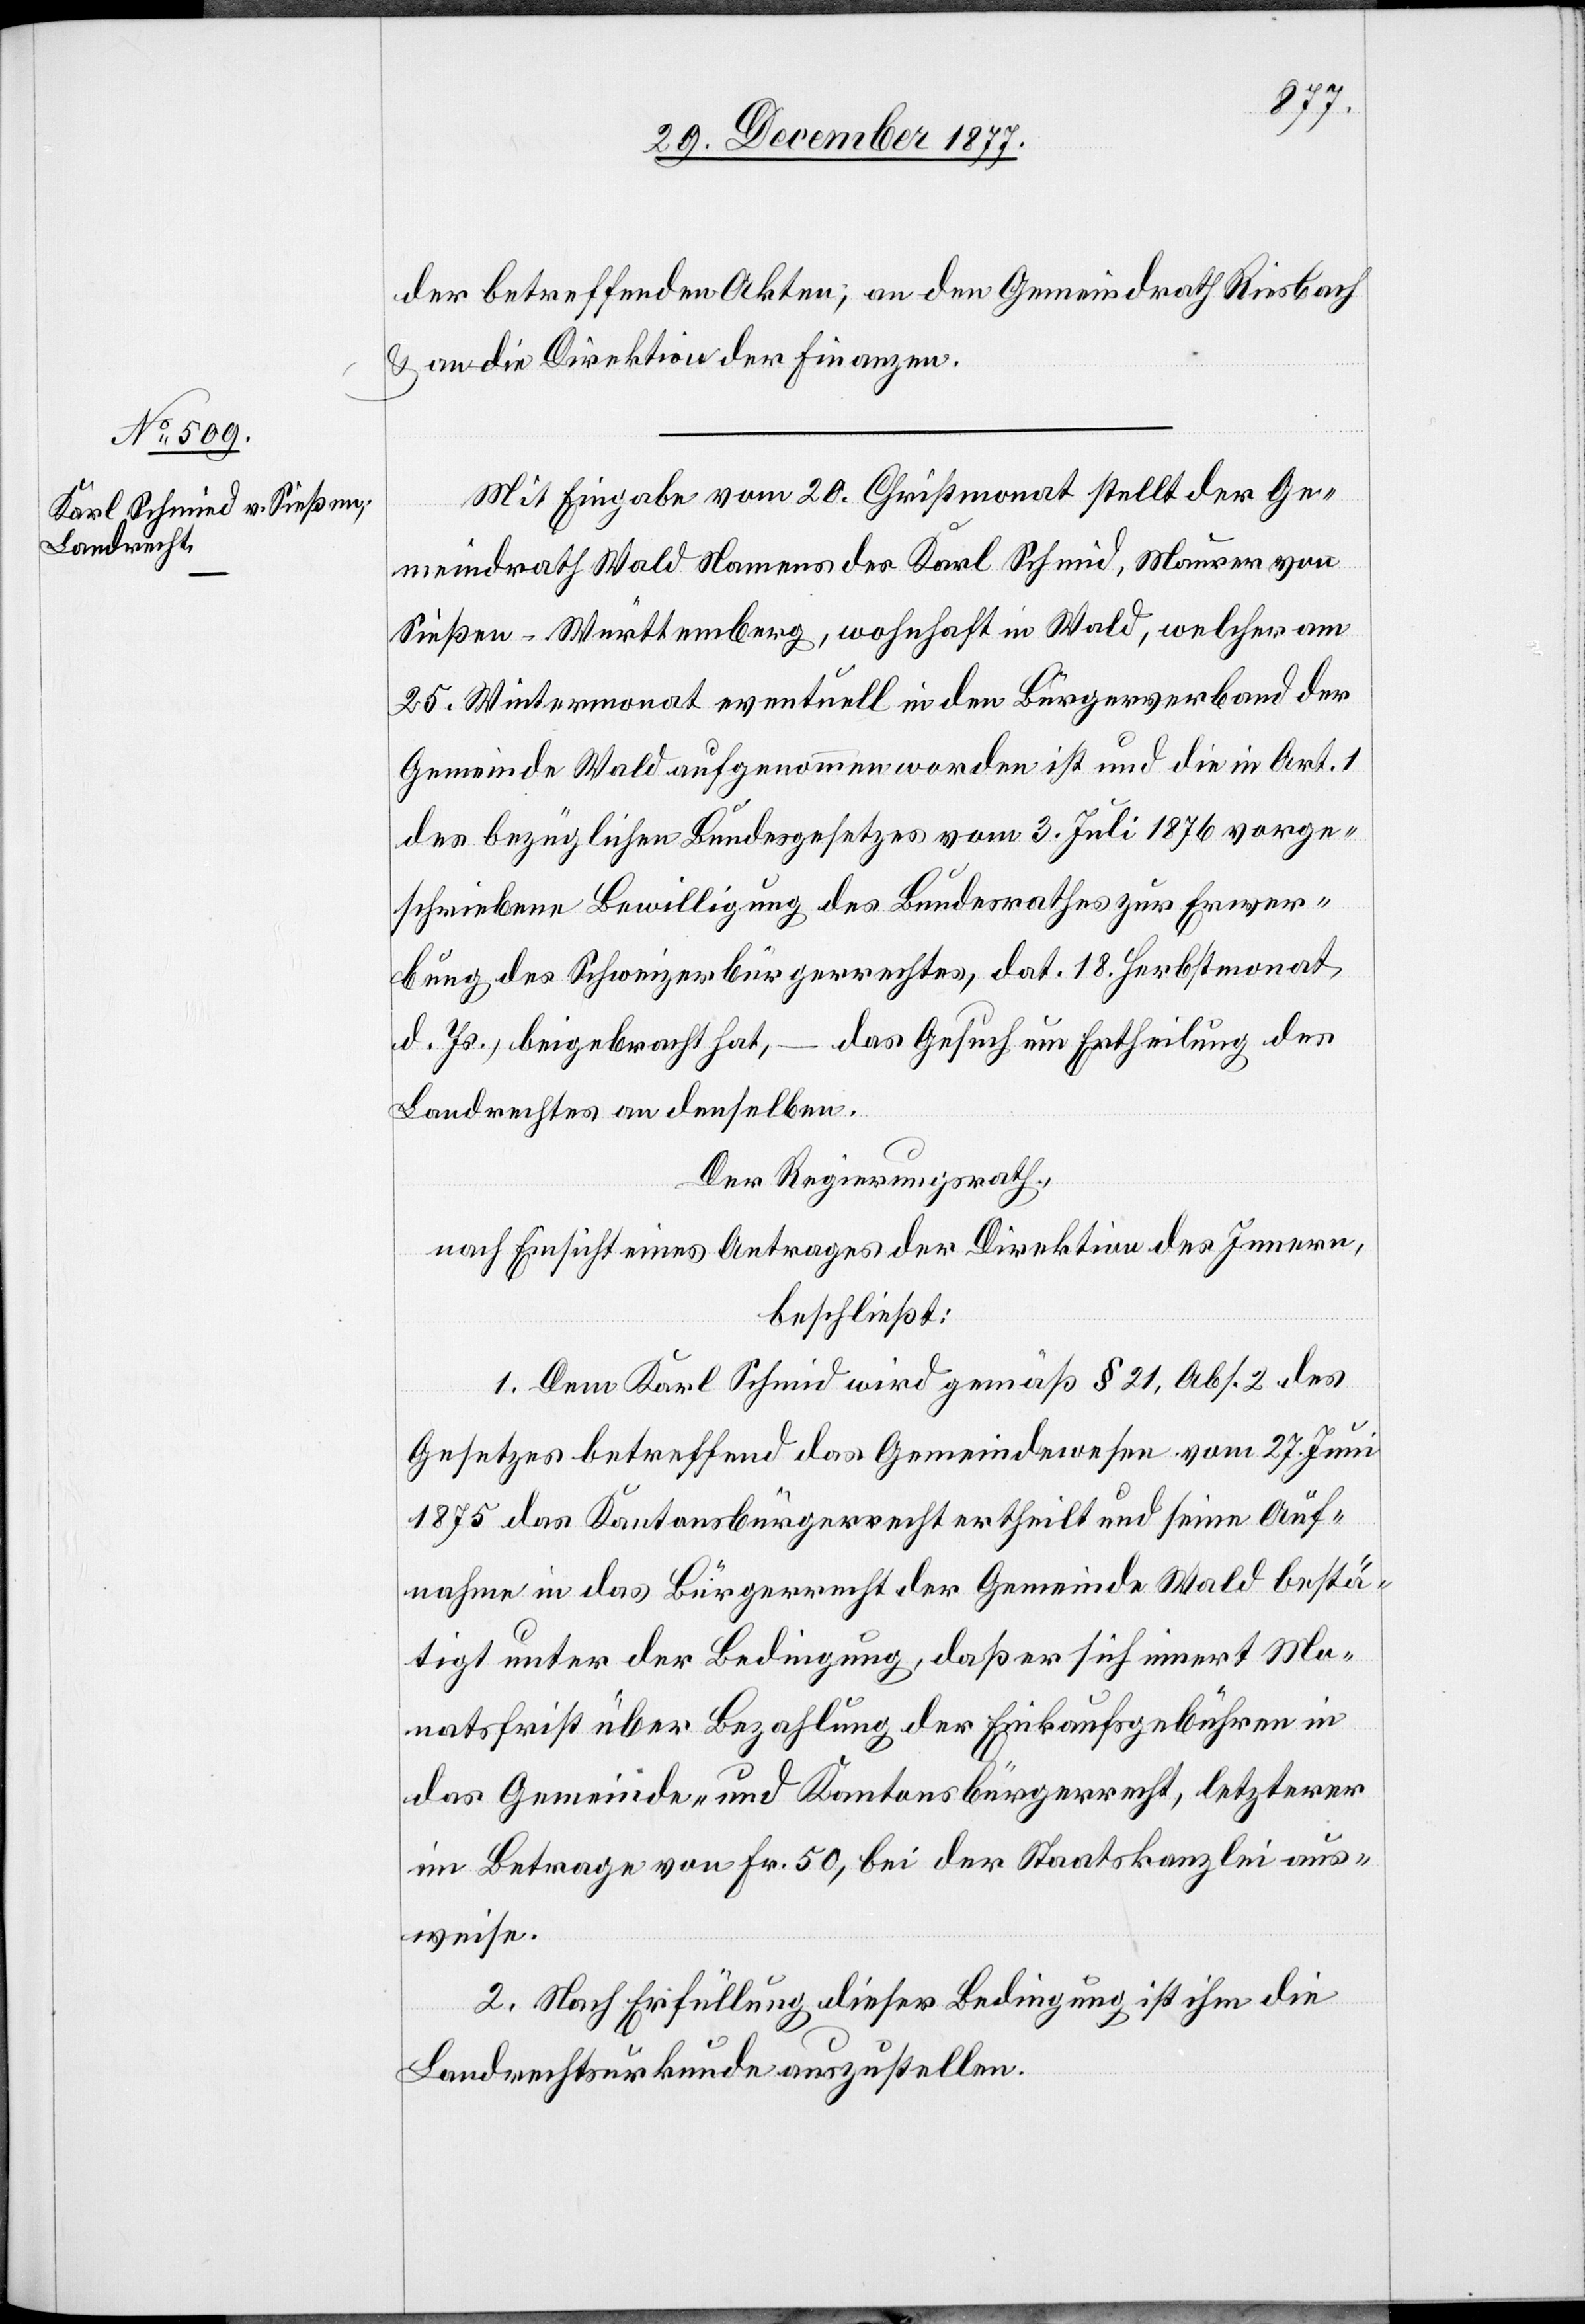
der betreffenden Akten, an den Gemeindrath Riesbach
& an die Direktion der Finanzen.
Mit Eingabe vom 20. Christmonat stellt der Ge¬
meindrath Wald Namens des Karl Schmid, Maurer von
Sießen - Württemberg, wohnhaft in Wald, welcher am
25. Wintermonat eventuell in den Bürgerverband der
Gemeinde Wald aufgenommen worden ist und die in Art. 1
des bezüglichen Bundesgesetzes vom 3. Juli 1876 vorge¬
schriebene Bewilligung des Bundesrathes zur Erwer¬
bung des Schweizerbürgerrechtes, dat. 18. Herbstmonat
d. Js., beigebracht hat, – das Gesuch um Ertheilung des
Landrechtes an denselben.
Der Regierungsrath,
nach Einsicht eines Antrages der Direktion des Innern,
beschließt:
1. Dem Karl Schmid wird gemäß § 21, Abs. 2 des
Gesetzes betreffend das Gemeindewesen vom 27. Juni
1875 das Kantonsbürgerrecht ertheilt und seine Auf¬
nahme in das Bürgerrecht der Gemeinde Wald bestä¬
tigt unter der Bedingung, daß er sich innert Mo¬
natsfrist über Bezahlung der Einkaufsgebühren in
das Gemeinde- und Kantonsbürgerrecht, letzterer
im Betrage von Fr. 50, bei der Staatskanzlei aus¬
weise.
2. Nach Erfüllung dieser Bedingung ist ihm die
Landrechtsurkunde auszustellen.